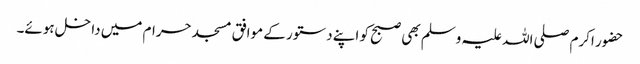
حضور اکرم صلی اللہ علیہ وسلم بھی صبح کو اپنے دستور کے موافق مسجد حرام میں داخل ہوئے۔